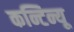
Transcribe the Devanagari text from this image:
कन्टिन्यू